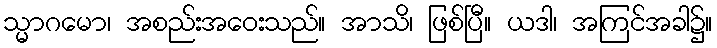
သ္မာဂမော၊ အစည်းအဝေးသည်။ အာသိ၊ ဖြစ်ပြီ။ ယဒါ၊ အကြင်အခါ၌။